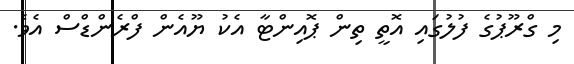
މި ގްރޫޕުގެ ފުލުގައި އޮތީ ތިން ޕޮއިންޓާ އެކު ޔޫއެން ފްރެންޑްސް އެވެ.